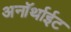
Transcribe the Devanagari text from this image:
अनॉर्थाईट